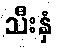
သီးနှံ